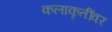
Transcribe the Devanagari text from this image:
कलाकृतींवर